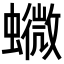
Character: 𧒰